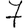
Digit: 7